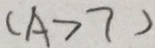
( A > 7 )